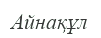
Айнақұл